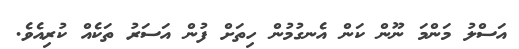
އަސްލު މަންމަ ނޫން ކަން އެނގުމުން ހިތަށް ފުން އަސަރު ތަކެއް ކުރިއެވެ.